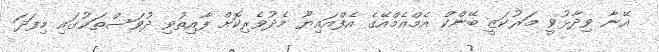
އޭނާ ވިދާޅުވީ މަރުކަޒީ ބޭންކް އެމްއެމްއޭގެ އެފްއައިޔޫ މެދުވެރިކޮށް ފާއިތުވި ދުވަސްތަކުގައި މިފަދަ